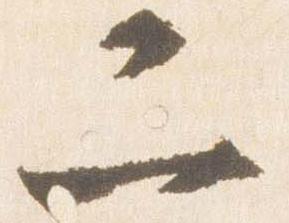
二